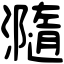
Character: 瀡